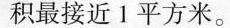
积最接近1平方米。